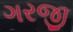
ગરજી